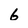
Character: 6